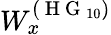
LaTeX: W_{x}^{(\mathrm{~H~G~}_{10})}